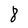
Character: 8